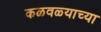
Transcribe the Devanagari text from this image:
कळवळ्याच्या